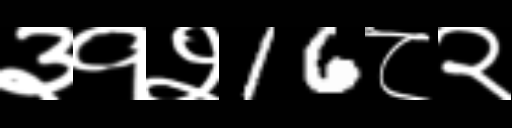
Text: ३१२16८२